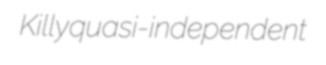
Killy quasi-independent